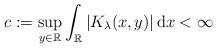
LaTeX: \begin{align*}c:=\sup_{y\in\mathbb R}\int_{\mathbb R} |K_\lambda(x,y)|\,\mathrm dx <\infty\end{align*}